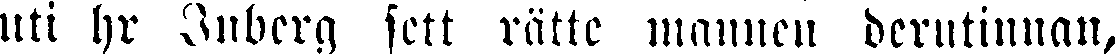
uti hr Inberg sett rätte mannen derutinnan,